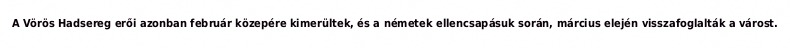
A Vörös Hadsereg erői azonban február közepére kimerültek, és a németek ellencsapásuk során, március elején visszafoglalták a várost.